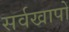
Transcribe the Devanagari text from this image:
सर्वखापों